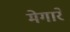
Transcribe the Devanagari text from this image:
मेगारे